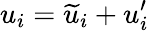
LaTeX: u_{i}=\widetilde{u}_{i}+u_{i}^{\prime}